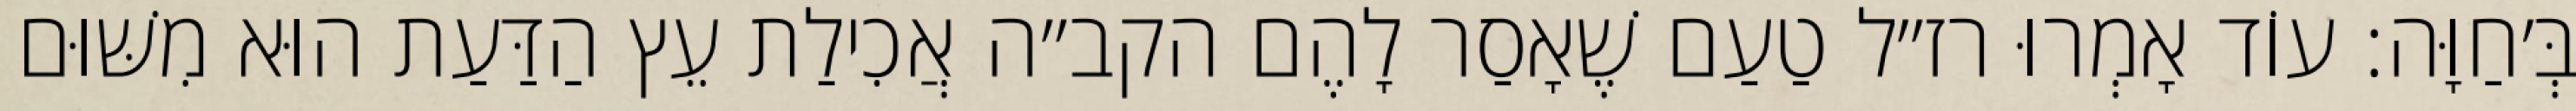
בְּ׳חַוָּה: עוֹד אָמְרוּ רז״ל טַעַם שֶׁאָסַר לָהֶם הקב״ה אֲכִילַת עֵץ הַדַּעַת הוּא מִשּׁוּם